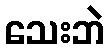
သေးဘဲ